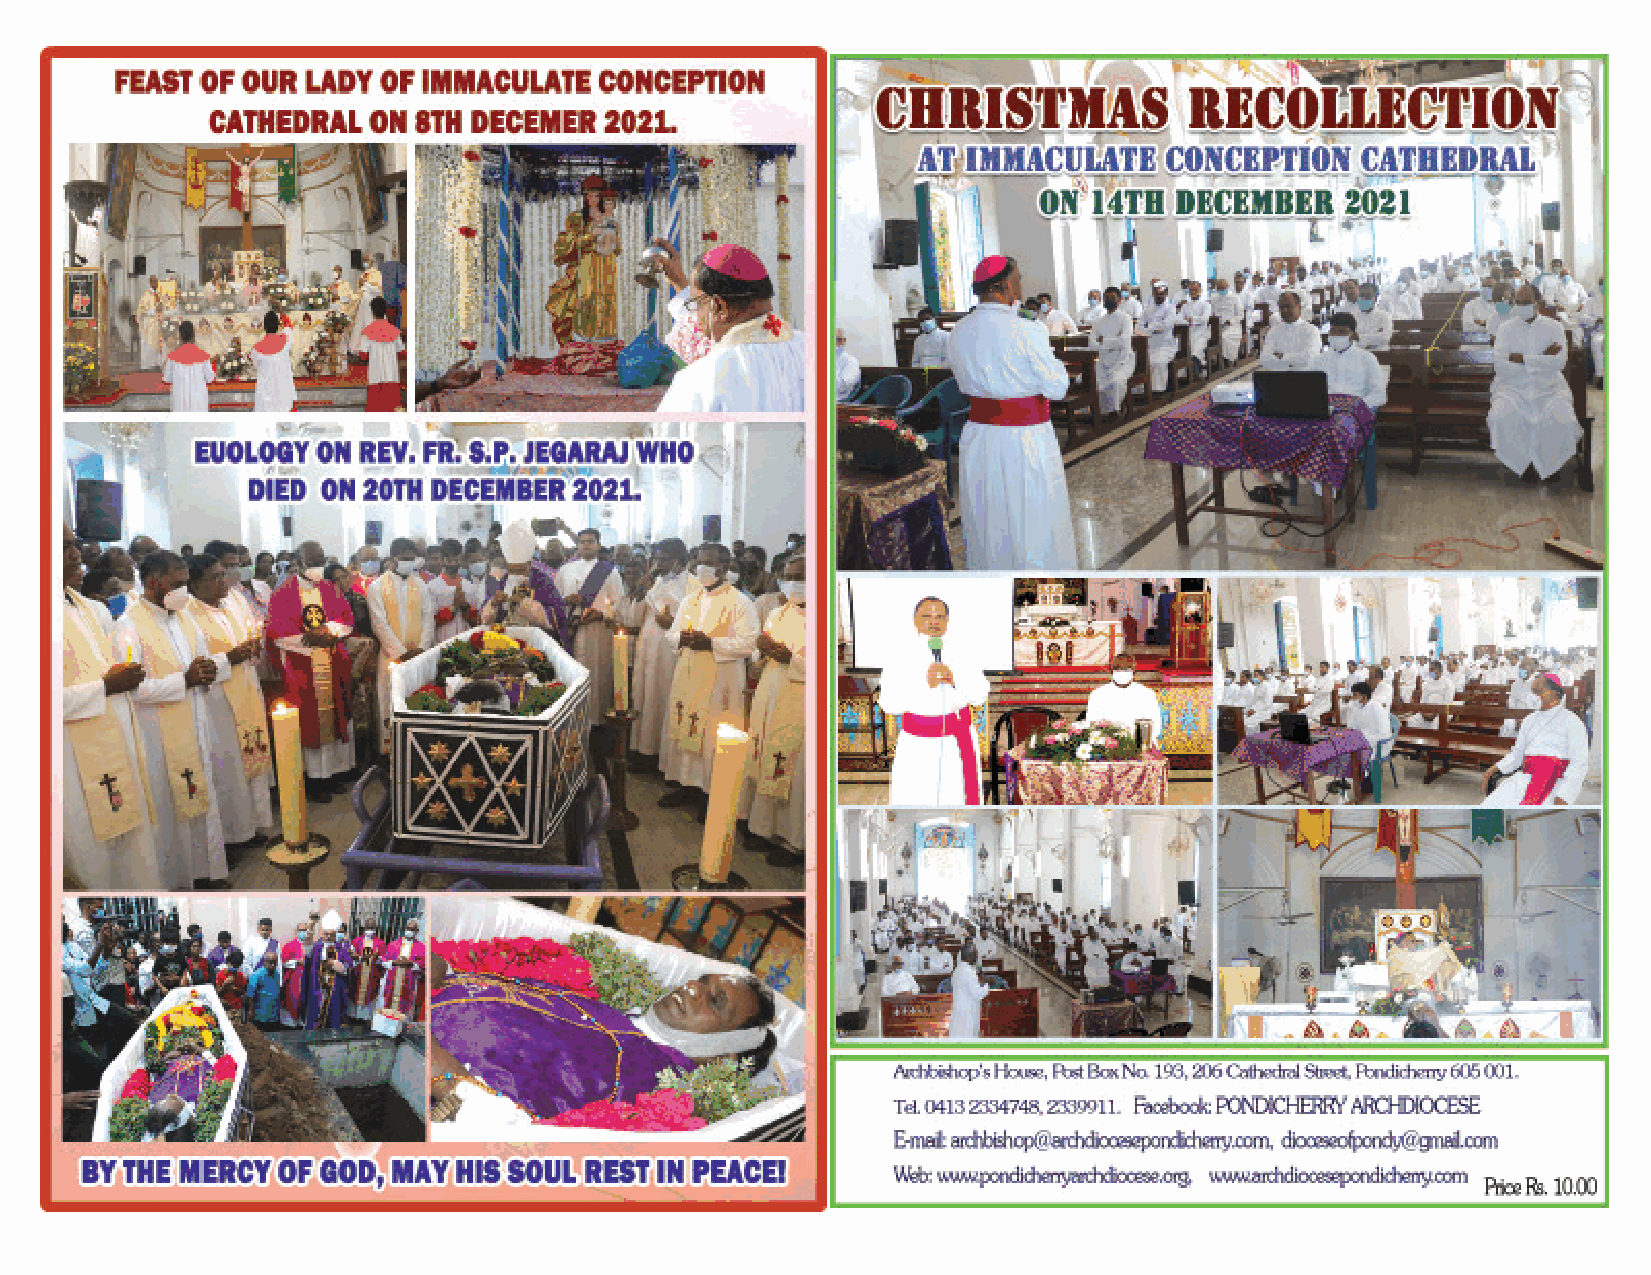
January 2022                                         January 2022
 Newsletter                                           Newsletter
 Archdiocese of Pondicherry - Cuddalore              Archdiocese of Pondicherry - Cuddalore